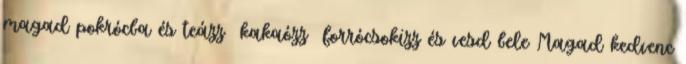
magad pokrócba és teázz kakaózz forrócsokizz és vesd bele Magad kedvenc